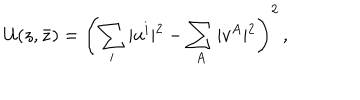
{ \cal U } ( z , \bar { z } ) = \left( \sum _ { i } \vert u ^ { i } \vert ^ { 2 } - \sum _ { A } \vert v ^ { A } \vert ^ { 2 } \right) ^ { 2 } \, ,